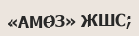
«АМӨЗ» ЖШС;